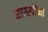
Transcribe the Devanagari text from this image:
शास्स्त्रींच्या